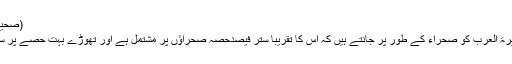
(صحیح مسلم : 706)
اس وقت ہم جزیرۃ العرب کو صحراء کے طور پر جانتے ہیں کہ اس کا تقریبا ستر فیصدحصہ صحراؤں پر مشتمل ہے اور تھوڑے بہت حصے پر سبزہ وآبادی ہے۔